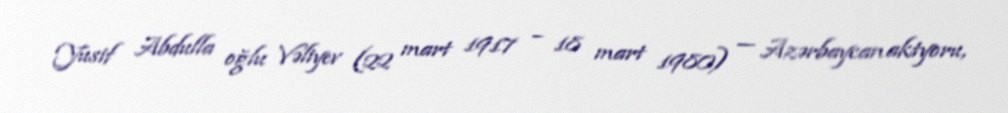
Yusif Abdulla oğlu Vəliyev (22 mart 1917 – 18 mart 1980) — Azərbaycan aktyoru,